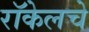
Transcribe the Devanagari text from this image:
रॉकेलचे